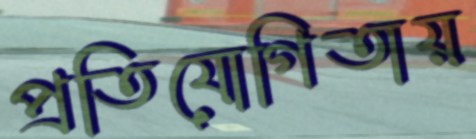
প্রতিযোগিতায়